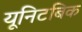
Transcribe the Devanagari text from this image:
यूनिटबिक